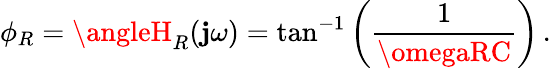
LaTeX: \phi_{R}=\angleH_{R}(\mathbf{j}\omega)=\tan^{-1}\left({\frac{{1}}{{\omegaRC}}}\right)\, .